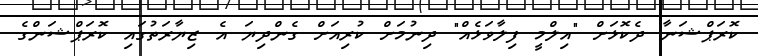
ކޮރަޕްޝަނާ ދެކޮޅަށް "އިލްމީ ފިލާވަޅެއް" ދިނުމަށް ކުރިއަށް ގެންދިޔަ އެ ޒިޔާރަތުގައި ކޮރަޕްޝަންގެ